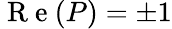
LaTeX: \mathrm{~R~e~}(P)=\pm 1